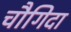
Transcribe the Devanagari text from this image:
चौगिदा